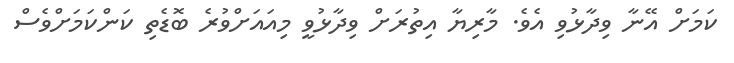
ކަމަށް އޭނާ ވިދާޅުވި އެވެ. މާރިޔާ އިތުރަށް ވިދާޅުވީ މިއައަށްވުރެ ބޮޑެތި ކަންކަމަށްވެސް